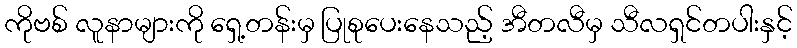
ကိုဗစ် လူနာများကို ရှေ့တန်းမှ ပြုစုပေးနေသည့် အီတလီမှ သီလရှင်တပါးနှင့်